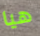
هيا